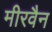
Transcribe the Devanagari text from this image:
मीरवैन